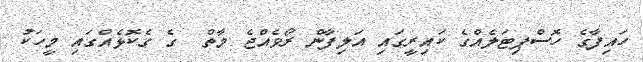
ހައިފާގެ ހޮސްޕިޓަލެއްގެ ކައިރީގައި އަލިފާން ރޯވެއްޖެ މާތް  ގެ ގެކޮޅެއްގައި މީހަކު